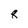
Character: 8